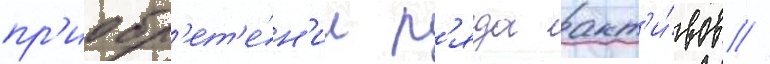
пр'иобр'ет'е́н'ии р'яда акт'и́вов /